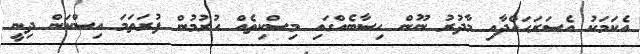
އެކަމަކު އެސަރަހައްދާއި މާދުރު ނޫން ހިސާބެއްގައި މިސްކިތެއް ހުރުމުން ފުރަތަމަ އިސްކަން ދިނީ